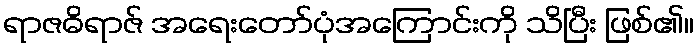
ရာဇဓိရာဇ် အရေးတော်ပုံအကြောင်းကို သိပြီး ဖြစ်၏။